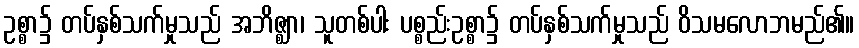
ဥစ္စာ၌ တပ်နှစ်သက်မှုသည် အဘိဇ္ဈာ၊ သူတစ်ပါး ပစ္စည်းဥစ္စာ၌ တပ်နှစ်သက်မှုသည် ဝိသမလောဘမည်၏။